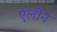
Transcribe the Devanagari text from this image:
एर्लीन